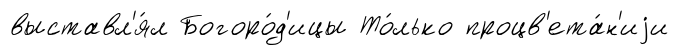
выставл'я́л Богоро́д'ицы То́лько процв'ета́н'иjи